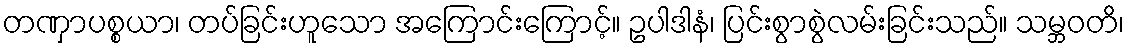
တဏှာပစ္စယာ၊ တပ်ခြင်းဟူသော အကြောင်းကြောင့်။ ဥပါဒါနံ၊ ပြင်းစွာစွဲလမ်းခြင်းသည်။ သမ္ဘဝတိ၊